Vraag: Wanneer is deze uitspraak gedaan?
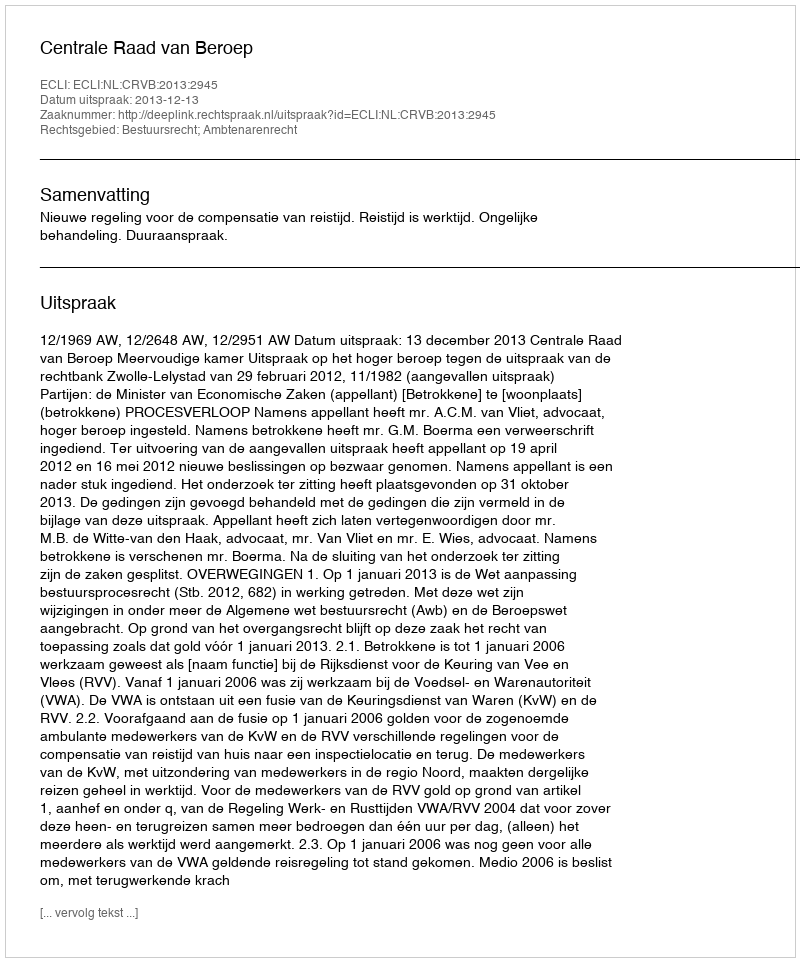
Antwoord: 2013-12-13